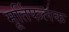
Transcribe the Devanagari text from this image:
मूर्तिफलक